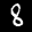
Label: 8